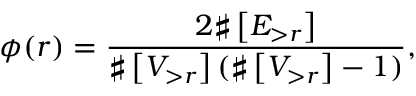
\phi ( r ) = \frac { 2 \sharp \left[ E _ { > r } \right] } { \sharp \left[ V _ { > r } \right] ( \sharp \left[ V _ { > r } \right] - 1 ) } ,